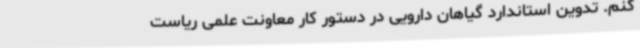
کنم. تدوین استاندارد گیاهان دارویی در دستور کار معاونت علمی ریاست